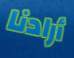
أرادنا